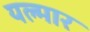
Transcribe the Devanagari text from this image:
यल्मार